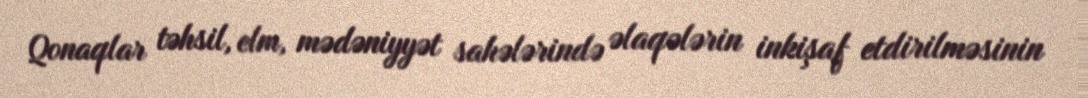
Qonaqlar təhsil, elm, mədəniyyət sahələrində əlaqələrin inkişaf etdirilməsinin